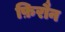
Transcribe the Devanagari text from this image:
फ़िरौन